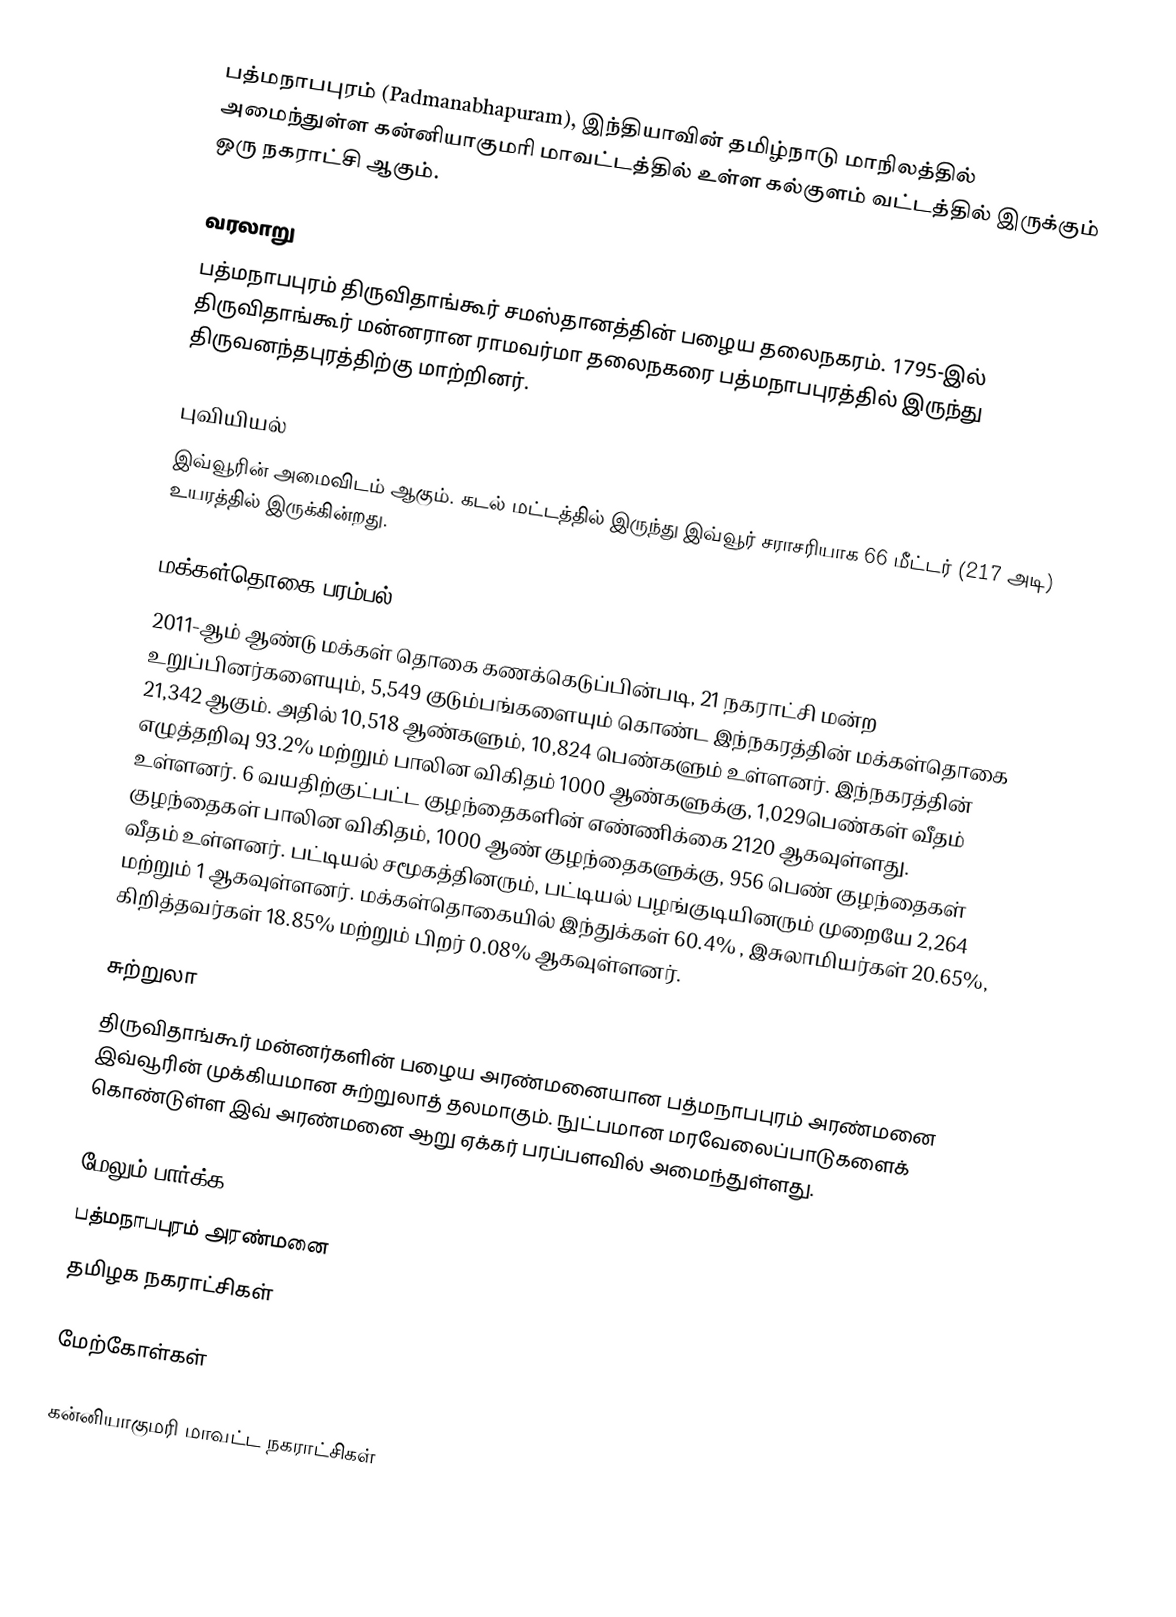
பத்மநாபபுரம் (Padmanabhapuram), இந்தியாவின் தமிழ்நாடு மாநிலத்தில் அமைந்துள்ள கன்னியாகுமரி மாவட்டத்தில் உள்ள கல்குளம் வட்டத்தில் இருக்கும் ஒரு நகராட்சி ஆகும்.

வரலாறு
பத்மநாபபுரம் திருவிதாங்கூர் சமஸ்தானத்தின் பழைய தலைநகரம். 1795-இல் திருவிதாங்கூர் மன்னரான ராமவர்மா தலைநகரை பத்மநாபபுரத்தில் இருந்து திருவனந்தபுரத்திற்கு மாற்றினர்.

புவியியல்
இவ்வூரின் அமைவிடம்  ஆகும். கடல் மட்டத்தில் இருந்து இவ்வூர் சராசரியாக 66 மீட்டர் (217 அடி) உயரத்தில் இருக்கின்றது.

மக்கள்தொகை பரம்பல்
2011-ஆம் ஆண்டு மக்கள் தொகை கணக்கெடுப்பின்படி, 21 நகராட்சி மன்ற உறுப்பினர்களையும், 5,549 குடும்பங்களையும் கொண்ட இந்நகரத்தின் மக்கள்தொகை 21,342 ஆகும்.  அதில் 10,518  ஆண்களும், 10,824  பெண்களும் உள்ளனர்.   இந்நகரத்தின் எழுத்தறிவு 93.2% மற்றும் பாலின விகிதம் 1000 ஆண்களுக்கு, 1,029பெண்கள் வீதம் உள்ளனர். 6 வயதிற்குட்பட்ட குழந்தைகளின் எண்ணிக்கை  2120 ஆகவுள்ளது. குழந்தைகள் பாலின விகிதம்,  1000 ஆண் குழந்தைகளுக்கு, 956 பெண் குழந்தைகள் வீதம் உள்ளனர். பட்டியல் சமூகத்தினரும், பட்டியல் பழங்குடியினரும்  முறையே 2,264 மற்றும் 1 ஆகவுள்ளனர். மக்கள்தொகையில் இந்துக்கள் 60.4% ,  இசுலாமியர்கள் 20.65%, கிறித்தவர்கள் 18.85% மற்றும் பிறர் 0.08% ஆகவுள்ளனர்.

சுற்றுலா
திருவிதாங்கூர் மன்னர்களின் பழைய அரண்மனையான பத்மநாபபுரம் அரண்மனை இவ்வூரின் முக்கியமான சுற்றுலாத் தலமாகும். நுட்பமான மரவேலைப்பாடுகளைக் கொண்டுள்ள இவ் அரண்மனை ஆறு ஏக்கர் பரப்பளவில் அமைந்துள்ளது.

மேலும் பார்க்க
 பத்மநாபபுரம் அரண்மனை
தமிழக நகராட்சிகள்

மேற்கோள்கள்

கன்னியாகுமரி மாவட்ட நகராட்சிகள்